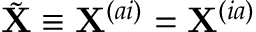
\tilde { \mathbf { X } } \equiv \mathbf { X } ^ { ( a i ) } = \mathbf { X } ^ { ( i a ) }